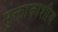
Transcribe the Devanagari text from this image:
मुक्ताकाशीय